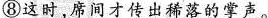
⑧这时，席间才传出稀落的掌声。